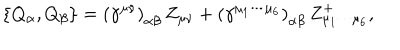
\left\{ Q _ { \alpha } , Q _ { \beta } \right\} = \left( \gamma ^ { \mu \nu } \right) _ { \alpha \beta } \, Z _ { \mu \nu } + \left( \gamma ^ { \mu _ { 1 } \cdots \mu _ { 6 } } \right) _ { \alpha \beta } \, Z _ { \mu _ { 1 } \cdots \mu _ { 6 } } ^ { + } ,